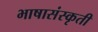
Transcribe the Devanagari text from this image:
भाषासंस्कृती